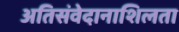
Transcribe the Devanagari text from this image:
अतिसंवेदानाशिलता